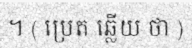
។ ( ប្រេត ឆ្លើយ ថា )